Vabadussoja_Ajaloo_Komitee, lk 7
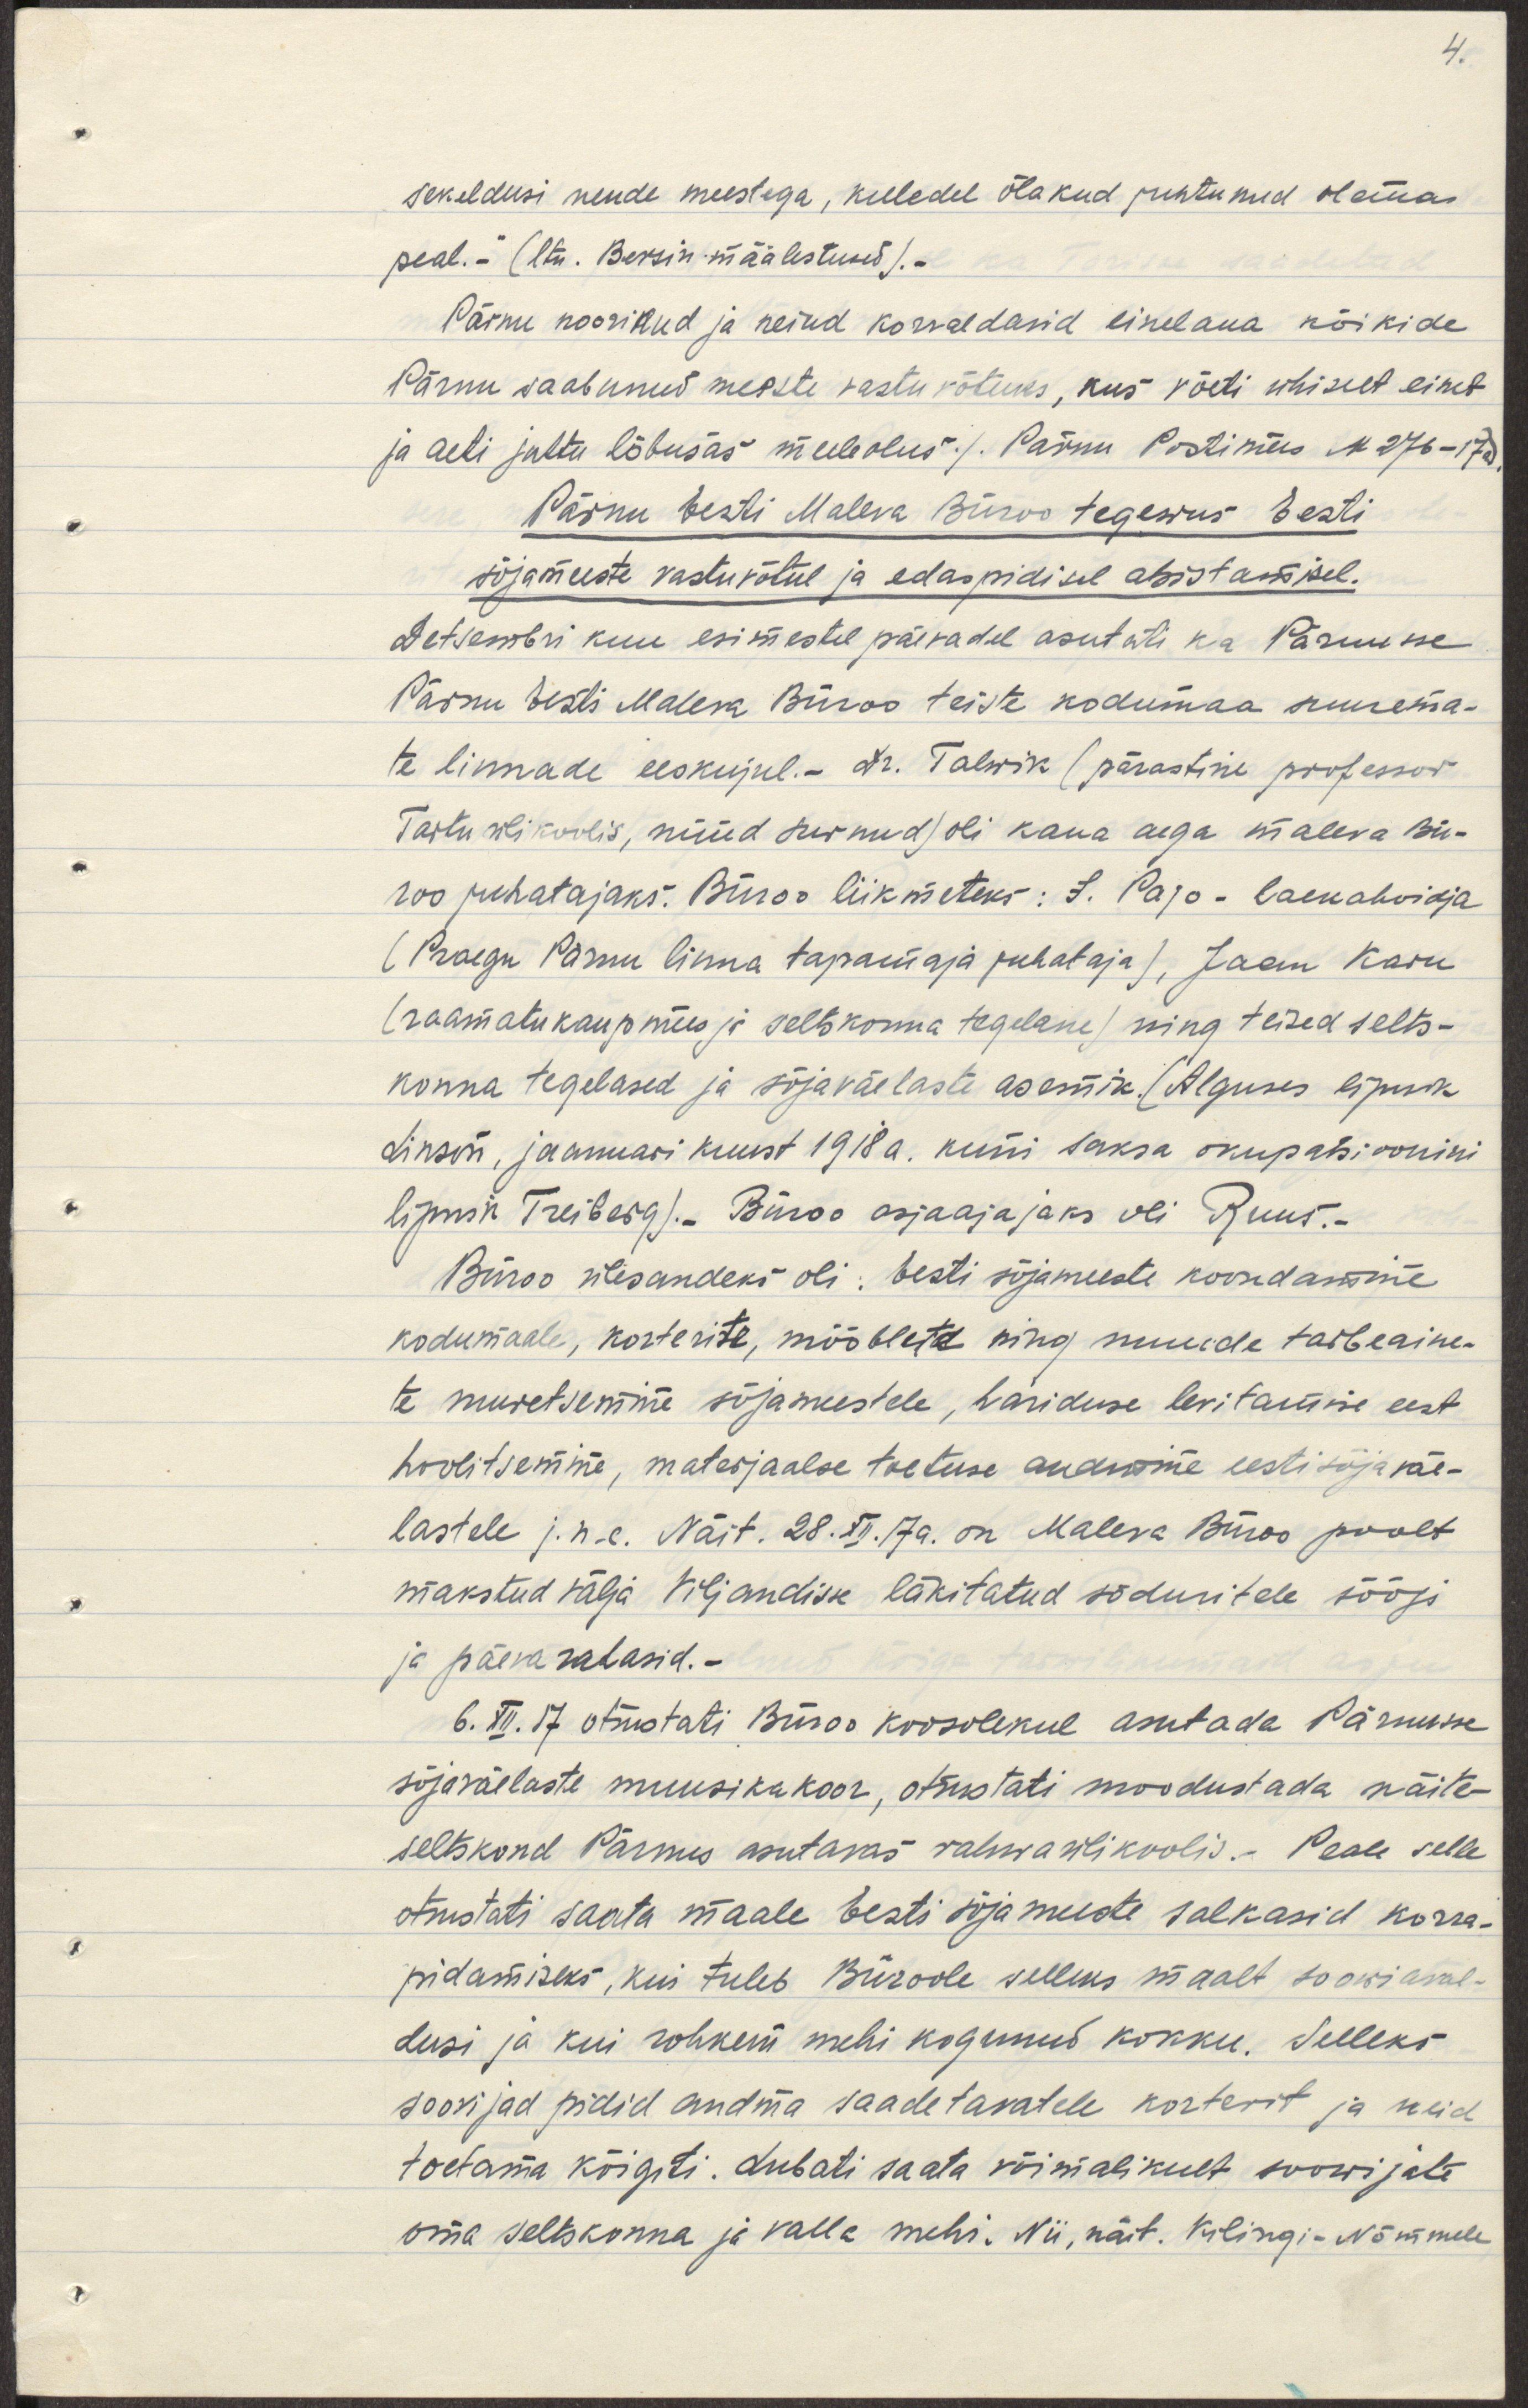
sekeldusi nende meestega, kelledel õlakud juhtunud olema
peal. (ltn Bersin määlestus).-
Pärnu noorikud ja neiud korraldasid einelaua kõikide
Pärnu saabunud meeste vastu võtuks, kus võeti ühiselt einet
ja aeti juttu lõbusas meeleolus. /Pärnu Postimees N 276-17a).
Pärnu Eesti Maleva Büroo tegevus Eesti
sõjameeste vastuvõtul ja edaspidisel abistamisel.
Detsembri kuu esimestel päevadel asutati ka Pärnusse
Pärnu Eesti Maleva Büroo teiste kodumaa suurema-
te linnade eeskujul. Hr Talwik (pärastine professor
Tartu ülikoolis, nüüd surnud) oli kaua aega maleva Bü-
roo juhatajaks. Büroo liikmeteks: J. Pajo - laekahoidja
(praegu Pärnu linna tapamaja juhataja), Jaan Karu
(raamatukaupmees ja seltskonna tegelane) ning teised selts-
konna tegelased ja sõjaväelaste asemik. (Alguses lipnik
Linson, jaanuari kuust 1918a. kuni saksa okupatsioonini
Lipnik Treiberg). Büroo asjaajajaks oli Ruus.
Büroo ülesandeks oli: Eesti sõjameeste koondamine
kodumaale, korterite, mööblite ning muude tarbeaine-
te muretsemine sõjameestele, hariduse levitamise eest
hoolitsemine, materjaalne toetus endistele eesti sõjaväe-
lastele j.n.e. Näit. 28. XII. 17a. on Maleva Büroo poolt
makstud välja Viljandisse läkitatud sõduritele söögi-
ja päeva rahasid.
6. XII 17 otsustati Büroo koosolekul asutada Pärnusse
sõjaväelaste muusikakoor, otsustati moodustada näite-
seltskond Pärnus asutavas rahwaülikoolis. Peale selle
otsustati saata maale Eesti sõjameeste salkasid korra-
pidamiseks, kui tuleb Büroole selleks maalt soowiaval-
dusi ja kui rohkem mehi kogunenud kokku. Selleks
soovijad pidid andma saadetavatele korterit ja neid
toetama kõigiti. Lubati saata võimalikult soowijate
oma seltskonna ja valla mehi. Nii, näit. Kilingi-Nõmmele